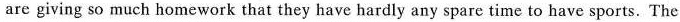
are giving so much homework that they have hardly any spare time to have sports. The